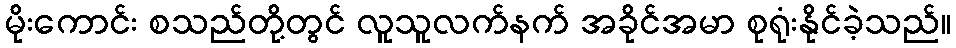
မိုးကောင်း စသည်တို့တွင် လူသူလက်နက် အခိုင်အမာ စုရုံးနိုင်ခဲ့သည်။